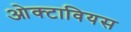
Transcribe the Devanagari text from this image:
ओक्टावियस